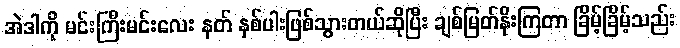
အဲဒါကို မင်းကြီးမင်းလေး နတ် နှစ်ပါးဖြစ်သွားတယ်ဆိုပြီး ချစ်မြတ်နိုးကြတာ ခြိမ့်ခြိမ့်သည်း